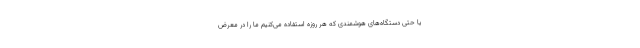
یا حتی دستگاه‌های هوشمندی که هر روزه استفاده می‌کنیم ما را در معرض